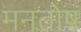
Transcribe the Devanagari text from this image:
मनतोष